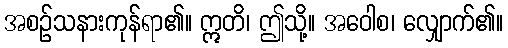
အစဉ်သနားကုန်ရာ၏။ ဣတိ၊ ဤသို့။ အဝေါစ၊ လျှောက်၏။